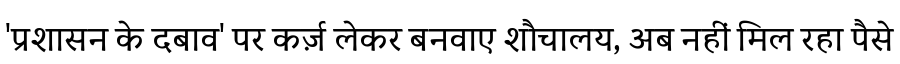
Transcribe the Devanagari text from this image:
'प्रशासन के दबाव' पर कर्ज़ लेकर बनवाए शौचालय, अब नहीं मिल रहा पैसे